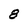
Character: 8